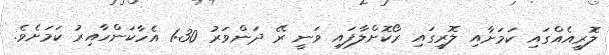
ލޮރީއެއްގައި ކަމަށާއި ލޮރީގައި ރޯކޮށްލާފައި ވަނީ ރޭ ދަންވަރު 1:30 އެހާކަންހާއިރު ކަމަށެވެ.